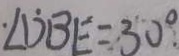
\cdot \angle D B E = 3 0 ^ { \circ } .